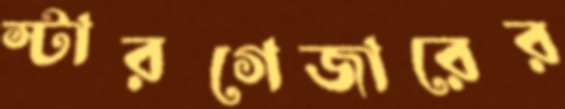
স্টারগেজারের